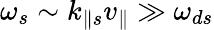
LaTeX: \omega_{s}\sim k_{\parallel s}v_{\parallel}\gg\omega_{ds}